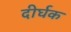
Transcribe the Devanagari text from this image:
दीर्घक